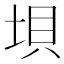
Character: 垻